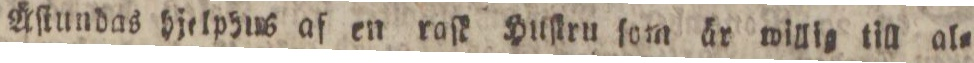
Äſtundas bjelpbus af en raſk Huſtru ſom är willig till al=